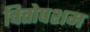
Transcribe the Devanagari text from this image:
चित्तोपशम